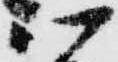
以